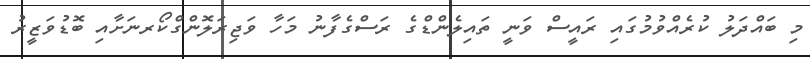
މި ބައްދަލު ކުރެއްވުމުގައި ރައީސް ވަނީ ތައިލެންޑްގެ ރަސްގެފާނު މަހާ ވަޖިރަލޮންގްކޯރނަށާއި ބޮޑުވަޒީރު